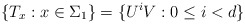
\begin{align*}\{T_x:x\in \Sigma_1\}=\{U^iV: 0\leq i<d\}\end{align*}